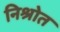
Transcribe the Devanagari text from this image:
निश्रोत